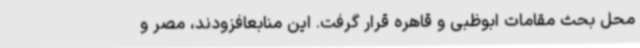
محل بحث مقامات ابوظبی و قاهره قرار گرفت. این منابعافزودند، مصر و